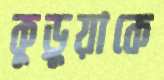
কুড়ুয়াকে